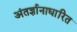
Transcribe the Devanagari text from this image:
अंतर्ज्ञानाधारित